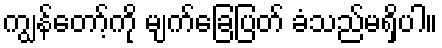
ကျွန်တော့်ကို မျက်ခြေပြတ် ခံသည်မရှိပါ။